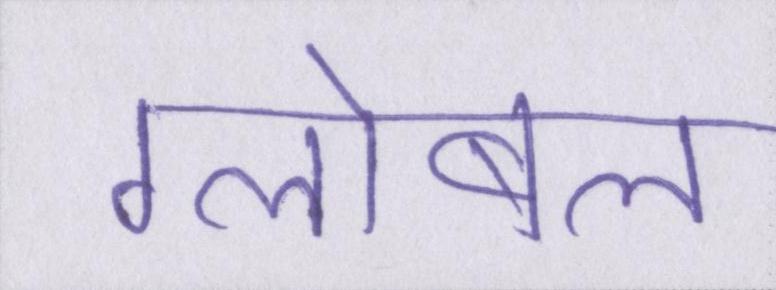
ग्लोबल